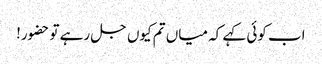
اب کوئی کہے کہ میاں تم کیوں جل رہے تو حضور!